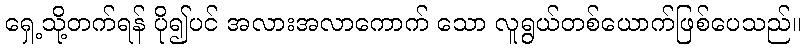
ရှေ့သို့တက်ရန် ပို၍ပင် အလားအလာကောက် သော လူရွယ်တစ်ယောက်ဖြစ်ပေသည်။